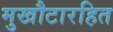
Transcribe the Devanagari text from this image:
मुखौटारहित